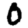
Digit: 0